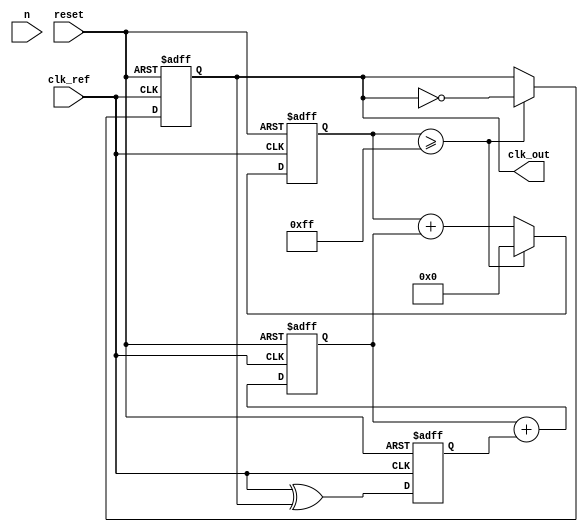
module integer_n_pll (
    input wire clk_ref,       // Reference clock input
    input wire reset,         // Asynchronous reset
    input wire [3:0] n,       // Division factor for N-divider
    output reg clk_out        // Output clock
);

// Phase Detector (PD) - simple XOR-based PD
reg pd_out;
always @(posedge clk_ref or posedge reset) begin
    if (reset) begin
        pd_out <= 0;
    end else begin
        // Simple phase comparison (for demonstration)
        pd_out <= clk_ref ^ clk_out; // Phase error signal
    end
end

// Loop Filter (LF) - simple integrator
reg [7:0] control_voltage; // Control voltage for VCO
always @(posedge clk_ref or posedge reset) begin
    if (reset) begin
        control_voltage <= 8'b0;
    end else begin
        // Simple first-order loop filter
        control_voltage <= control_voltage + pd_out; // Integrate phase error
    end
end

// Voltage-Controlled Oscillator (VCO)
reg [7:0] vco_count; // VCO counter
always @(posedge clk_ref or posedge reset) begin
    if (reset) begin
        vco_count <= 0;
        clk_out <= 0;
    end else begin
        // VCO output frequency based on control voltage
        vco_count <= vco_count + control_voltage;
        if (vco_count >= 255) begin // Adjust threshold based on design
            clk_out <= ~clk_out; // Toggle output clock
            vco_count <= 0;
        end
    end
end

// N-Divider
reg [3:0] divider_count;
always @(posedge clk_out or posedge reset) begin
    if (reset) begin
        divider_count <= 0;
    end else begin
        if (divider_count == n - 1) begin
            divider_count <= 0;
            // Feedback to phase detector can be implemented here if needed
        end else begin
            divider_count <= divider_count + 1;
        end
    end
end

endmodule